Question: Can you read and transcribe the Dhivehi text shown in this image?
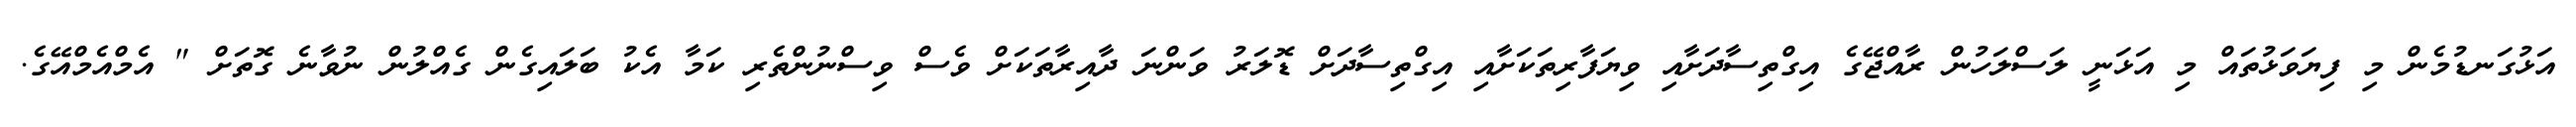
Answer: އަޅުގަނޑުމެން މި ފިޔަވަޅުތައް މި އަޅަނީ ލަސްލަހުން ރާއްޖޭގެ އިގްތިސާދަށާއި ވިޔަފާރިތަކަށާއި އިގްތިސާދަށް ޑޮލަރު ވަންނަ ދާއިރާތަކަށް ވެސް ވިސްނުންތެރި ކަމާ އެކު ބަލައިގެން ގެއްލުން ނުވާނެ ގޮތަށް " އެމްއެމްއޭގެ.